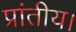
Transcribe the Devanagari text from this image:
प्रांतीय।